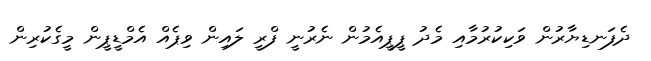
ދެފަނޑިޔާރުން ވަކިކުރުމާއި މެދު ޕީޕީއެމުން ނެރުނީ ފްރީ ލައިން ވިޕެއް އެމްޑީޕީން މީގެކުރިން